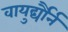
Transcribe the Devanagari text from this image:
वायुर्द्यौर्न